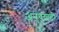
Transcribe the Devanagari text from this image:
अनुपयागी